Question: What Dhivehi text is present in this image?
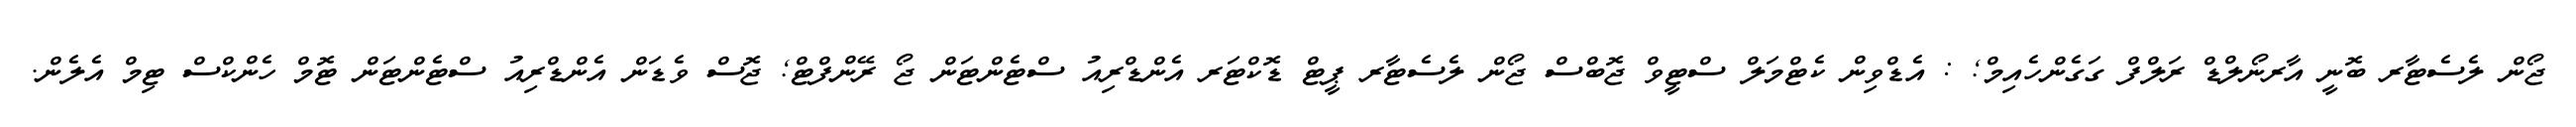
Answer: ޖޯން ލެސެޓާރ ބޮނީ އާރނޯލްޑް ރަލްފް ގަގެންހެއިމް; : އެޑްވިން ކެޓްމަލް ސްޓީވް ޖޮބްސް ޖޯން ލެސެޓާރ ޕީޓް ޑޮކްޓަރ އެންޑްރިއު ސްޓެންޓަން ޖޯ ރޭންފްޓް; ޖޮސް ވެޑަން އެންޑްރިއު ސްޓެންޓަން ޓޮމް ހެންކްސް ޓިމް އެލެން.